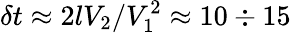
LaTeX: \delta t\approx 2lV_{2}/V_{1}^{2}\approx 10\div 15